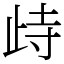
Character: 歭